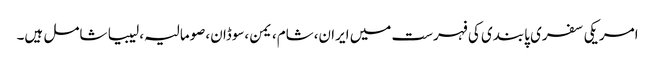
امریکی سفری پابندی کی فہرست میں ایران،شام،یمن،سوڈان،صومالیہ،لیبیا شامل ہیں۔